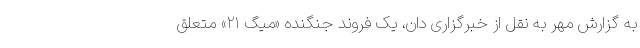
به گزارش مهر به نقل از خبرگزاری دان، یک فروند جنگنده «میگ ۲۱» متعلق